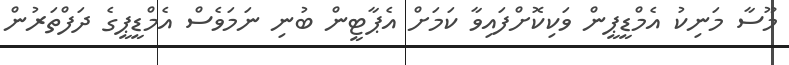
މޫސާ މަނިކު އެމްޑީޕީން ވަކިކޮށްފައިވާ ކަމަށް އެޕާޓީން ބުނި ނަމަވެސް އެމްޑީޕީގެ ދަފްތަރުން